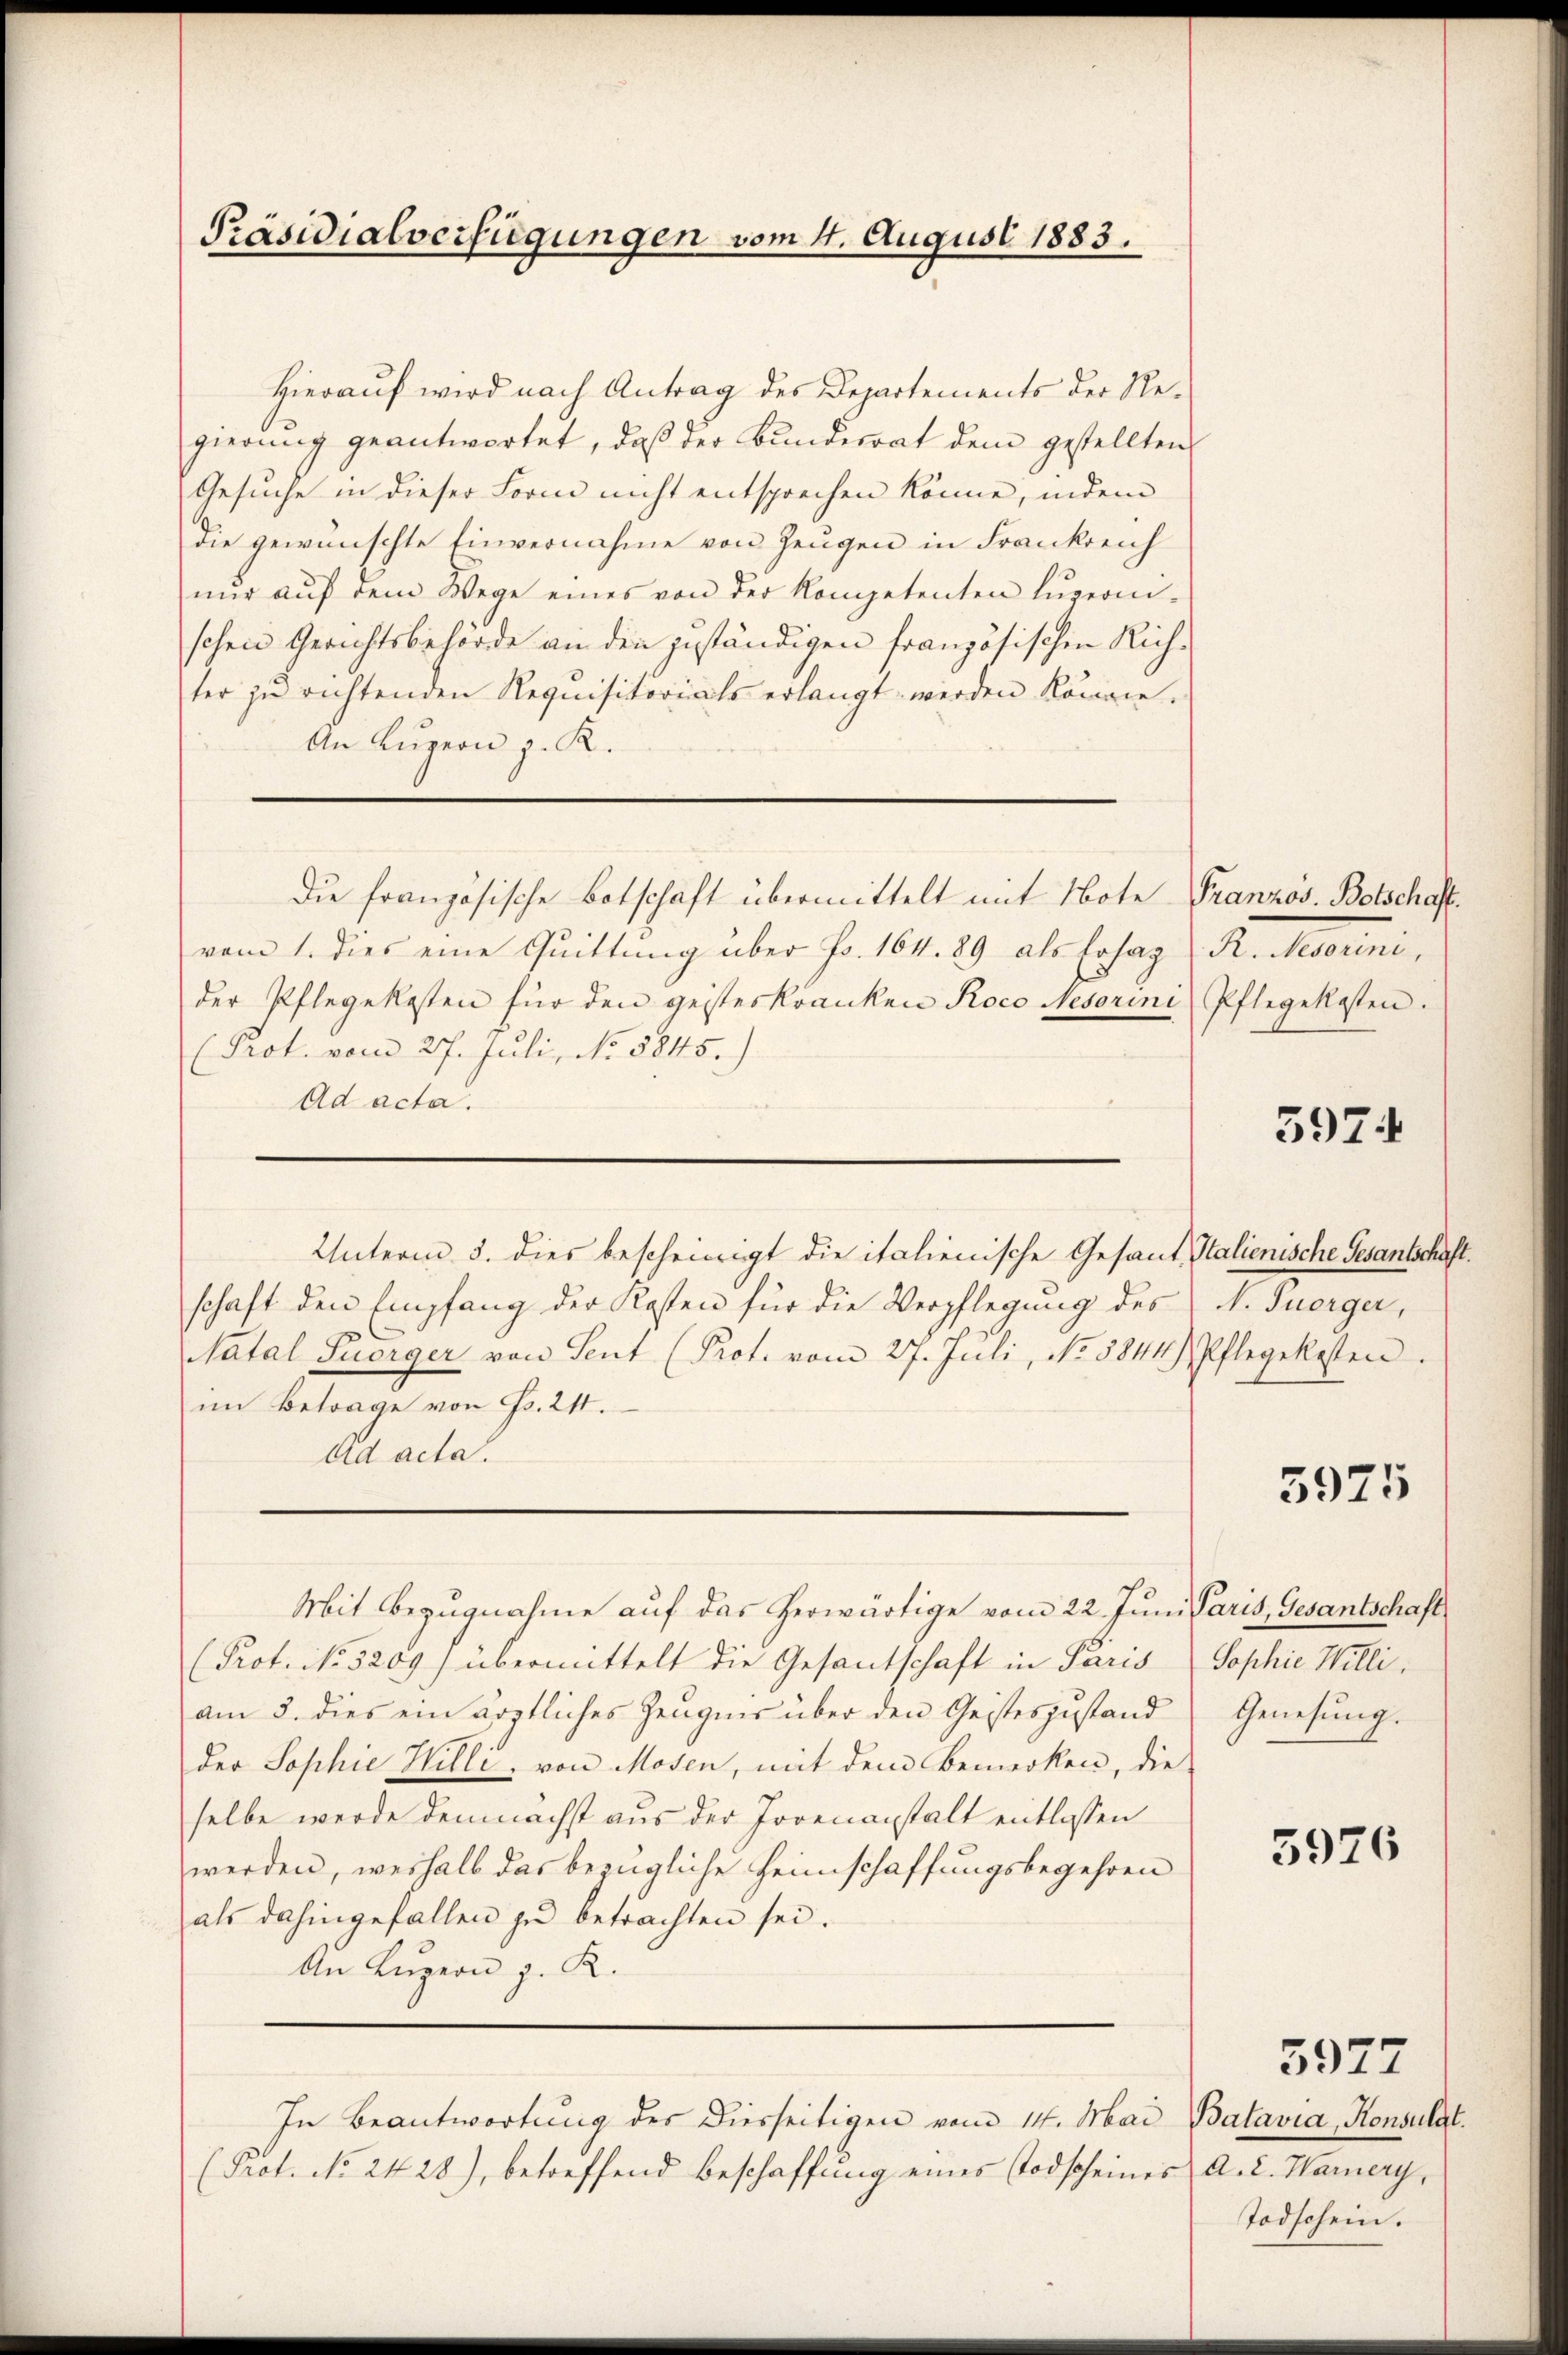
Präsidialverfügungen vom 4. August 1883.

Hierauf wird nach Antrag des Departements der Regierŭng geantwortet, daβ der Bundesrat dem gestellten
Gesuche in dieser Form nicht entsprechen könne, indem
Die gewünschte Einvernahme von Zeugen in Frankreich
nŭr aŭf dem Wege eines von der Kompetenten Lŭzerni-
schen Gerichtsbehörde an den geständigen französischen Richter zu richtenden Requisitorials erlangt werden können.
An Luzern z. R.
die französische Botschaft übermittelt mit Note Französ. Botschaff
vom 1. dies eine Quittung über Fr. 164. 89 als Ersag
der Pflegekosten für den geisteskranken Roco Nesorini
(Prot. vom 27. Juli, No. 5845.)
Ad acta.

Unterm 5. dies bescheinigt die italienische Gesand, Italienische Gesantschaft
schaft den Empfang der Kosten für die Verpflegung des N. Tuorger,
Natal Suorger von Sent (Prot. vom 27. Juli, No. 5844 Pflegekosten.
im Betrage von Fr. 211.
Ad acta.
Mit Bezugnahme auf das herwärtige vom 22. Juni Paris, Gesantschaft
(Prot. No. 3209) übermittelt die Gesantschaft in Paris Sophie William 3. dies ein ärztliches Zeugnis über den Geisteszustand
der Sophie Hilli, von Mosen, mit dem Bemerken, die
selbe werde demnächst aus der Jovenanstalt entlassen
werden, weshalb das bezügliche Heimschaffungsbegehren
als dahingefallen zu betrachten sei.
An Luzern z. R.
In Beantwortung des Diesseitigen vom 14. Mai Batavia, Konsulat
(Prot. No 24 28), betreffend Beschaffung eines Todscheines a. c. Warnery,

R. Nesorini,
Pflegekosten.

5974

5975

Genesung.

5976

3977

Todschein.